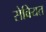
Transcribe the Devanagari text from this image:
सेवियत